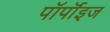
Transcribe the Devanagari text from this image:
पॉर्पॉइज